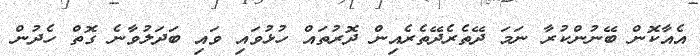
އެއާކޮން ބޭނުންކުރާ ނަމަ ދޭތެރެދޭތެރެއިިން ދޮރުތައް ހުޅުވައި ވައި ބަދަލުވާނެ ގޮތް ހެދުން